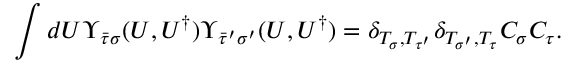
\int d U \Upsilon _ { \bar { \tau } \sigma } ( U , U ^ { \dagger } ) \Upsilon _ { \bar { \tau } ^ { \prime } \sigma ^ { \prime } } ( U , U ^ { \dagger } ) = \delta _ { T _ { \sigma } , T _ { \tau ^ { \prime } } } \delta _ { T _ { \sigma ^ { \prime } } , T _ { \tau } } C _ { \sigma } C _ { \tau } .